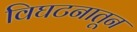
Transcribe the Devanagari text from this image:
विघटनातून